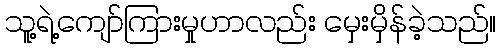
သူ့ရဲ့ကျော်ကြားမှုဟာလည်း မှေးမှိန်ခဲ့သည်။